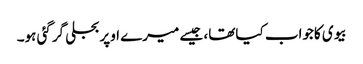
بیوی کاجواب کیاتھا، جیسے میرے اوپربجلی گرگئی ہو۔